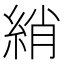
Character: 綃